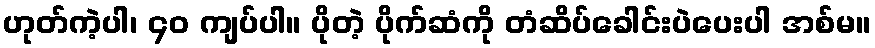
ဟုတ်ကဲ့ပါ၊ ၄၀ ကျပ်ပါ။ ပိုတဲ့ ပိုက်ဆံကို တံဆိပ်ခေါင်းပဲပေးပါ အစ်မ။